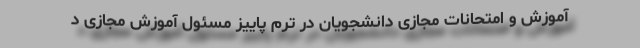
آموزش و امتحانات مجازی دانشجویان در ترم پاییز مسئول آموزش مجازی د